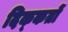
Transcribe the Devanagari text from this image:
दिक्‍कतों